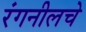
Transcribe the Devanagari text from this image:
रंगनीलचे